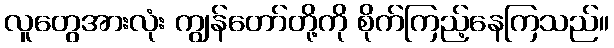
လူတွေအားလုံး ကျွန်တော်တို့ကို စိုက်ကြည့်နေကြသည်။